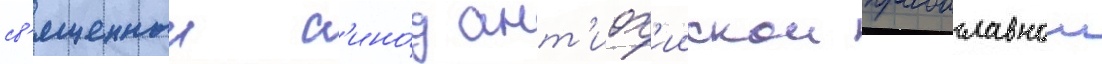
св'ященныи с'ино́д ант'иох'иискои православнои